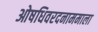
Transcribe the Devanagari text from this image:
ओषधिवरदनाममाला